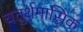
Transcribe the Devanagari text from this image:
चतुर्थमासिक